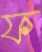
ফ